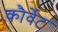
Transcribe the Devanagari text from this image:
कौर्वेट